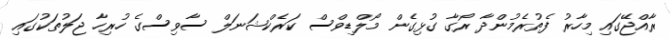
ރާއްޖޭގައި މިހާރު ފެތުރެމުންދާ ރޯގާ ގުޅިގެން މޯލްޑިވްސް ކަރެކްޝަނަލް ސާވިސްގެ ހުރިހާ ޖަލުތަކުގައި